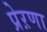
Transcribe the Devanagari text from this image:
प्रेऱणा